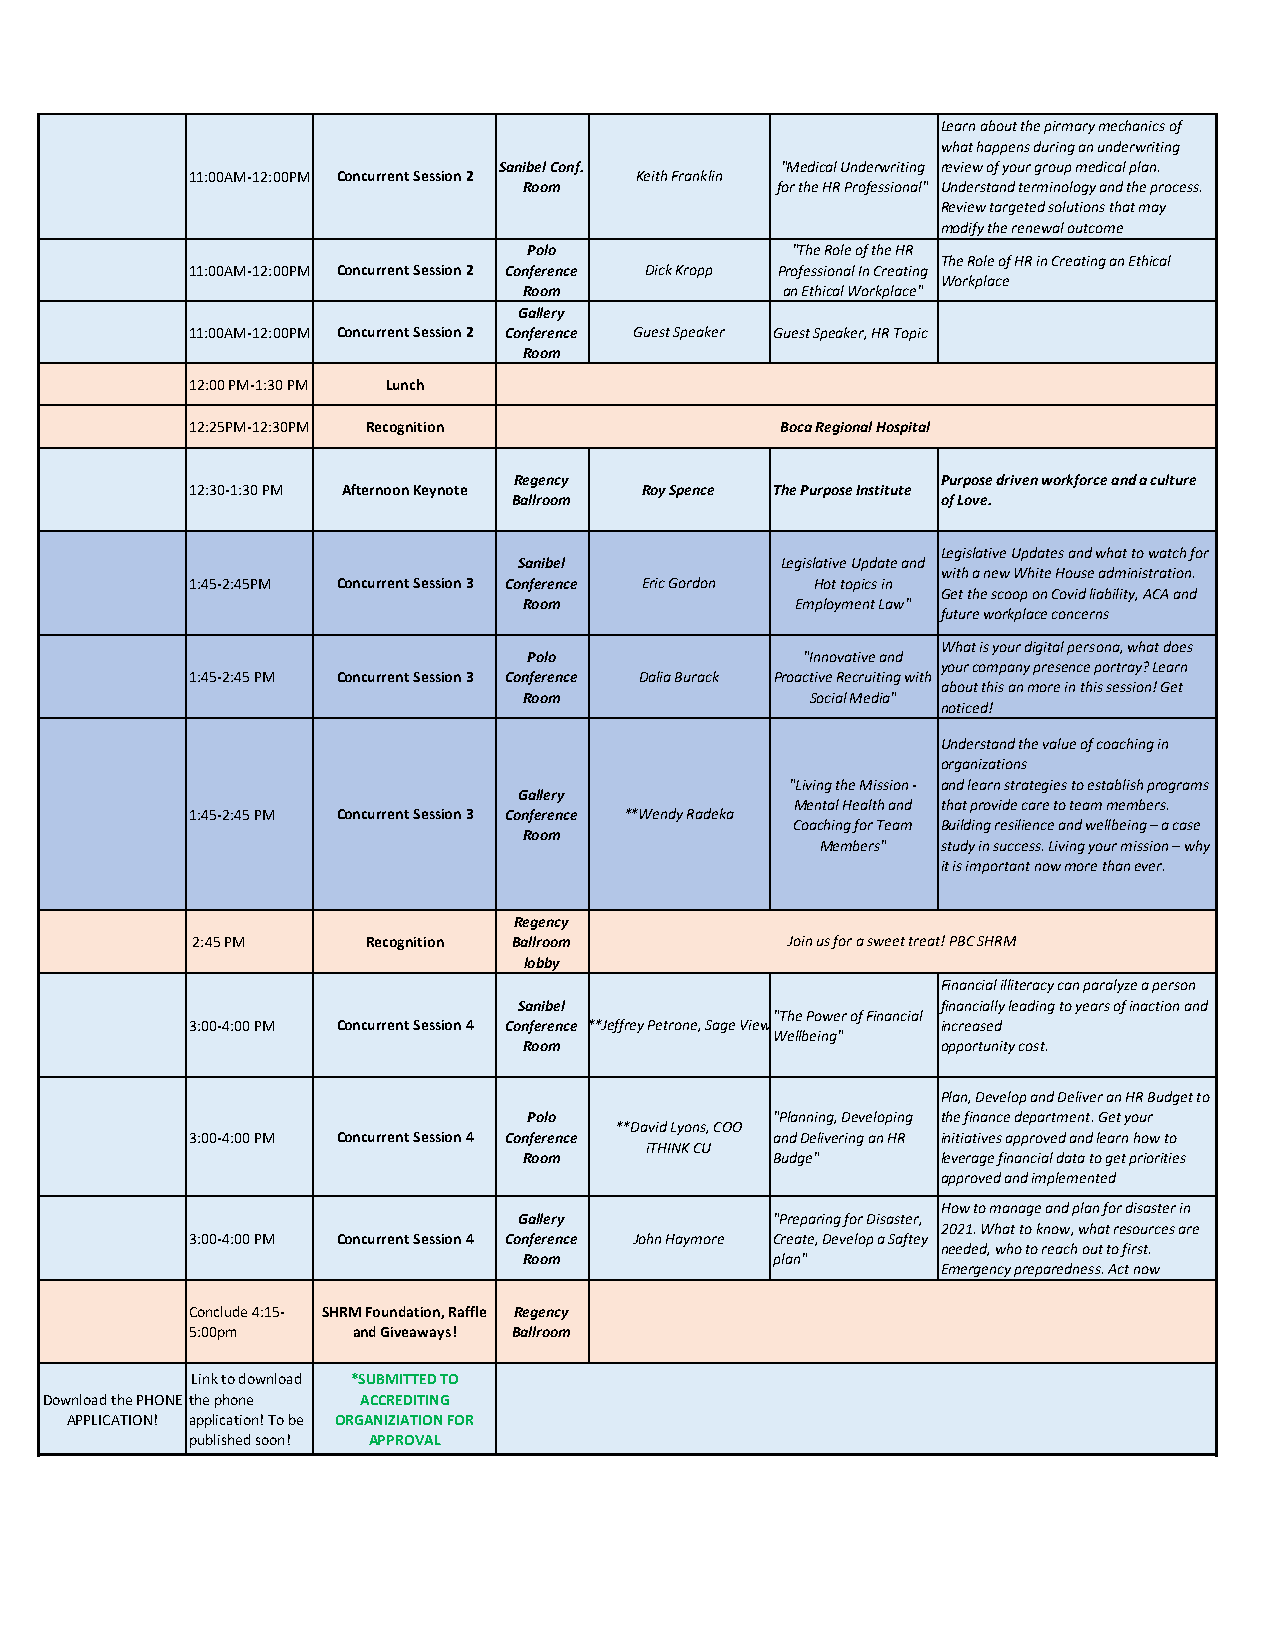
Learn about the pirmary mechanics of
 what happens during an underwriting
 Sanibel Conf.     "Medical Underwriting review of your group medical plan.
 11:00AM-12:00PM Concurrent Session 2 Keith Franklin
 Room             for the HR Professional" Understand terminology and the process.
 Review targeted solutions that may
 modify the renewal outcome
 Polo             "The Role of the HR
 The Role of HR in Creating an Ethical
 11:00AM-12:00PM Concurrent Session 2 Conference Dick Kropp Professional In Creating
 Workplace
 Room             an Ethical Workplace"
 Gallery
 11:00AM-12:00PM Concurrent Session 2 Conference Guest Speaker Guest Speaker, HR Topic
 Room
 12:00 PM-1:30 PM Lunch
 12:25PM-12:30PM Recognition            Boca Regional Hospital
 Regency                     Purpose driven workforce and a culture
 12:30-1:30 PM Afternoon Keynote Roy Spence The Purpose Institute
 Ballroom                    of Love.
 Legislative Updates and what to watch for
 Sanibel          Legislative Update and
 with a new White House administration.
 1:45-2:45PM Concurrent Session 3 Conference Eric Gordon Hot topics in
 Get the scoop on Covid liability, ACA and
 Room              Employment Law"
 future workplace concerns
 What is your digital persona, what does
 Polo              "Innovative and
 your company presence portray? Learn
 1:45-2:45 PM Concurrent Session 3 Conference Dalia Burack Proactive Recruiting with
 about this an more in this session! Get
 Room               Social Media"
 noticed!
 Understand the value of coaching in
 organizations
 "Living the Mission - and learn strategies to establish programs
 Gallery
 Mental Health and that provide care to team members.
 1:45-2:45 PM Concurrent Session 3 Conference **Wendy Radeka
 Coaching for Team Building resilience and wellbeing – a case
 Room
 Members" study in success. Living your mission – why
 it is important now more than ever.
 Regency
 2:45 PM     Recognition Ballroom        Join us for a sweet treat! PBC SHRM
 lobby
 Financial illiteracy can paralyze a person
 Sanibel                     financially leading to years of inaction and
 "The Power of Financial
 3:00-4:00 PM Concurrent Session 4 Conference **Jeffrey Petrone, Sage View increased
 Wellbeing"
 Room                        opportunity cost.
 Plan, Develop and Deliver an HR Budget to
 Polo            "Planning, Developing the finance department. Get your
 **David Lyons, COO
 3:00-4:00 PM Concurrent Session 4 Conference and Delivering an HR initiatives approved and learn how to
 iTHINK CU
 Room             Budge"     leverage financial data to get priorities
 approved and implemented
 How to manage and plan for disaster in
 Gallery          "Preparing for Disaster,
 2021. What to know, what resources are
 3:00-4:00 PM Concurrent Session 4 Conference John Haymore Create, Develop a Saftey
 needed, who to reach out to first.
 Room             plan"
 Emergency preparedness. Act now
 Conclude 4:15- SHRM Foundation, Raffle Regency
 5:00pm     and Giveaways! Ballroom
 Link to download *SUBMITTED TO
 Download the PHONE the phone ACCREDITING
 APPLICATION! application! To be ORGANIZIATION FOR
 published soon! APPROVAL